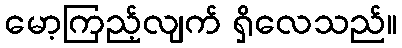
မော့ကြည့်လျက် ရှိလေသည်။